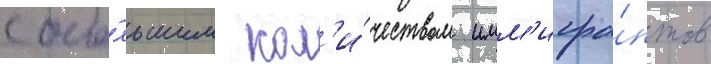
с бо́льшим кол'и́чеством имм'игра́нтов